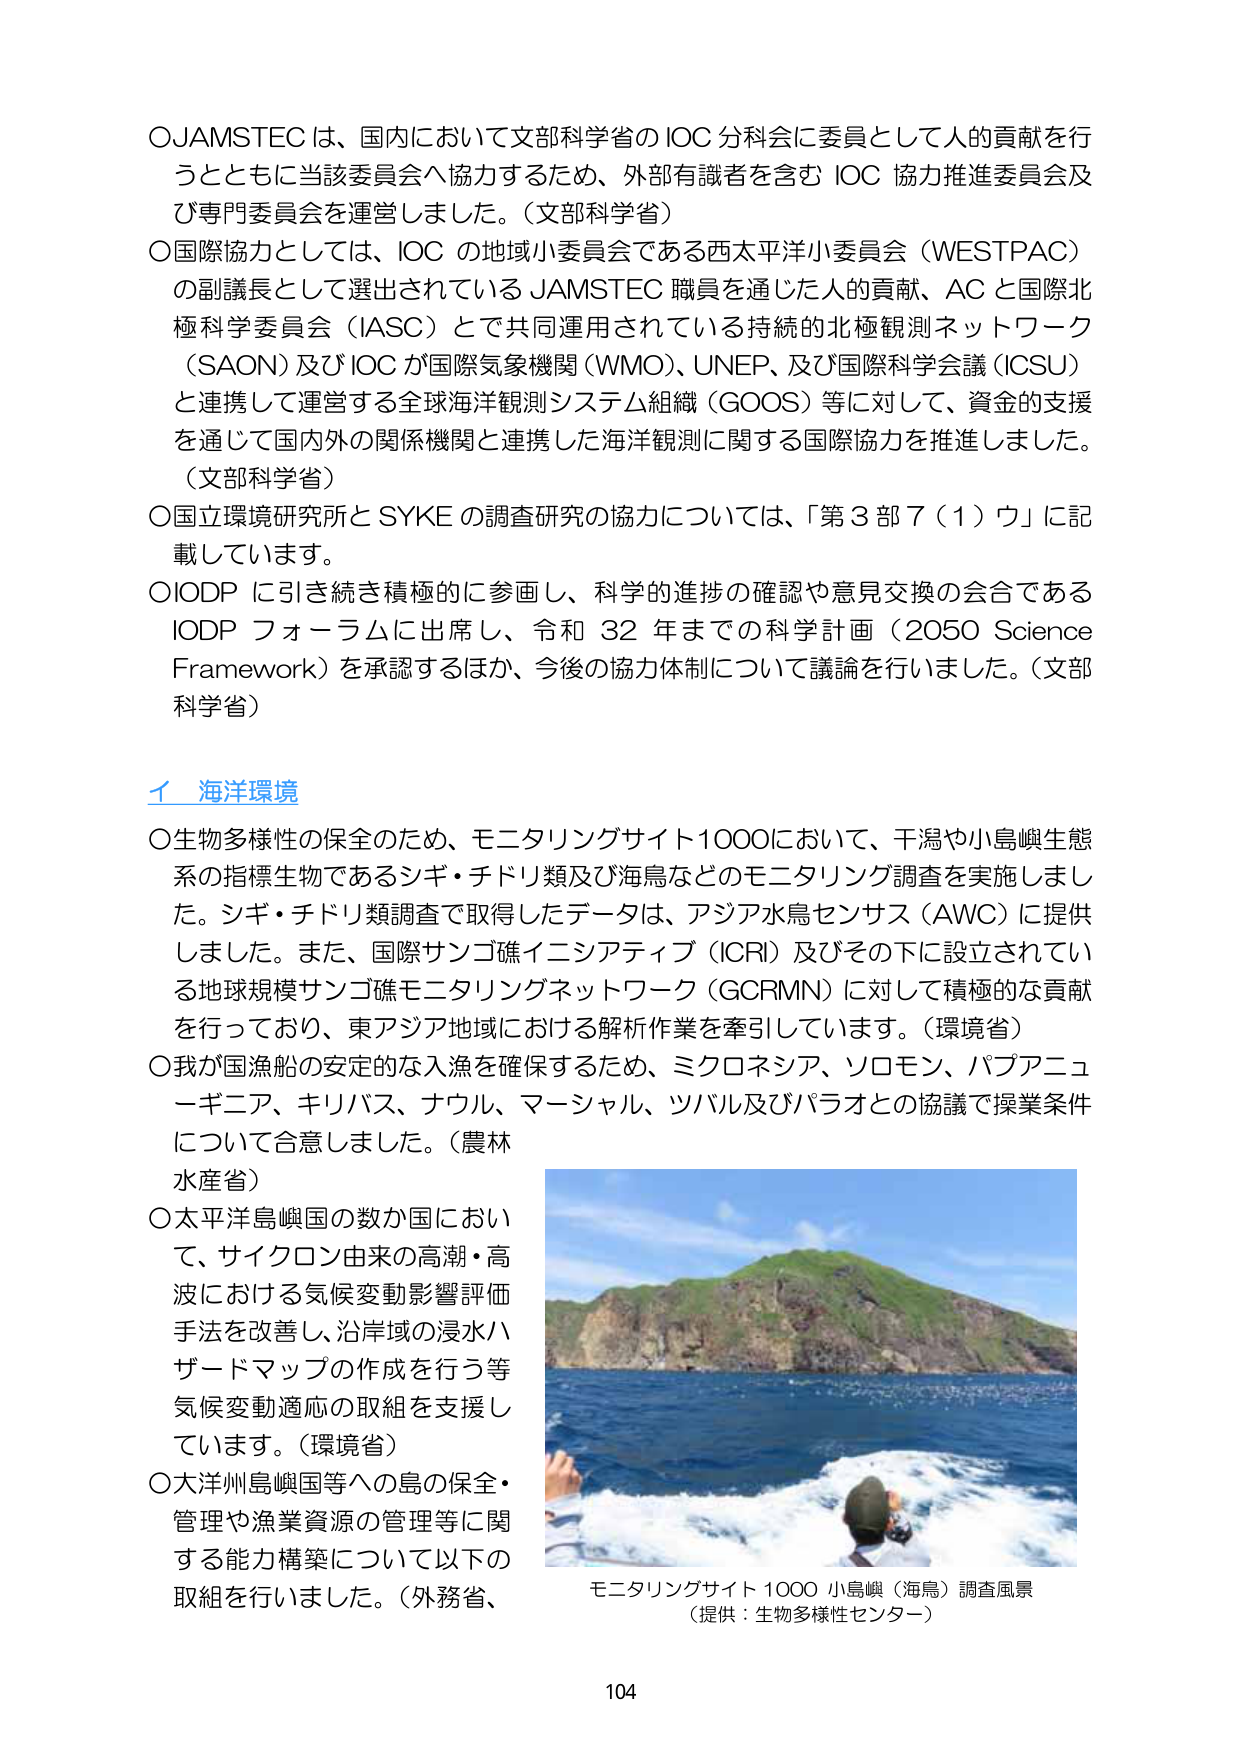
〇JAMSTECは、国内において文部科学省のIOC分科会に委員として人的貢献を行うとともに当該委員会へ協力するため、外部有識者を含むIOC協力推進委員会及び専門委員会を運営しました。（文部科学省）

〇国際協力としては、IOCの地域小委員会である西太平洋小委員会（WESTPAC）の副議長として選出されているJAMSTEC職員を通じた人的貢献、ACと国際北極科学委員会（IASC）とで共同運用されている持続的北極観測ネットワーク（SAON）及びIOCが国際気象機関（WMO）、UNEP、及び国際科学会議（ICSU）と連携して運営する全球海洋観測システム組織（GOOS）等に対して、資金的支援を通じて国内外の関係機関と連携した海洋観測に関する国際協力を推進しました。（文部科学省）

〇国立環境研究所とSYKEの調査研究の協力については、「第3部7（1）ウ」に記載しています。

〇IODPに引き続き積極的に参画し、科学的進歩の確認や意見交換の会合であるIODPフォーラムに出席し、令和32年までの科学計画（2050 Science Framework）を承認するほか、今後の協力体制について議論を行いました。（文部科学省）

イ 海洋環境

〇生物多様性の保全のため、モニタリングサイト1000において、干潟や小島嶼生態系の指標生物であるシギ・チドリ類及び海鳥などのモニタリング調査を実施しました。シギ・チドリ類調査で取得したデータは、アジア水鳥センサス（AWC）に提供しました。また、国際サンゴ礁イニシアティブ（ICRI）及びその下に設立されている地球規模サンゴ礁モニタリングネットワーク（GCRMN）に対して積極的な貢献を行っており、東アジア地域における解析作業を牽引しています。（環境省）

〇我が国漁船の安定的な入漁を確保するため、ミクロネシア、ソロモン、パプアニューギニア、キリバス、ナウル、マーシャル、ツバル及びパラオとの協議で操業条件について合意しました。（農林水産省）

〇太平洋島嶼国の数か国において、サイクロン由来の高潮・高波における気候変動影響評価手法を改善し、沿岸域の浸水ハザードマップの作成を行う等気候変動適応の取組を支援しています。（環境省）

〇大洋州島嶼国等への島の保全・管理や漁業資源の管理等に関する能力構築について以下の取組を行いました。（外務省、

モニタリングサイト1000 小島嶼（海鳥）調査風景
（提供：生物多様性センター）

104